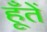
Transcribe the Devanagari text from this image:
हूँतें